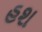
હશ